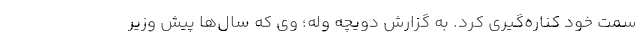
سمت خود کناره‌گیری کرد. به گزارش دویچه وله؛ وی که سال‌ها پیش وزیر